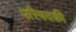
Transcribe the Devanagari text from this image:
परिषदकी